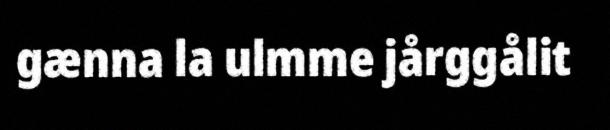
gænna la ulmme jårggålit